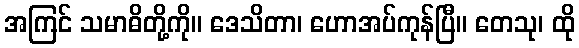
အကြင် သမာဓိတို့ကို။ ဒေသိတာ၊ ဟောအပ်ကုန်ပြီ။ တေသု၊ ထို